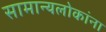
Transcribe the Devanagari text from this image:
सामान्यलोकांना